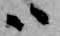
ハ